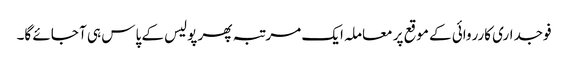
فوجداری کارروائی کے موقع پر معاملہ ایک مرتبہ پھر پولیس کے پاس ہی آ جائے گا۔